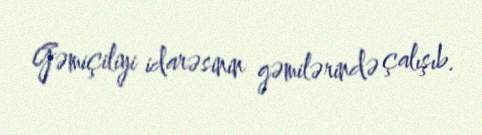
Gəmiçiliyi idarəsinin gəmilərində çalışıb.